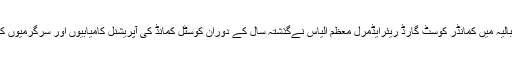
قبل ازیں اپنے خطبہ استقبالیہ میں کمانڈر کوسٹ گارڈ ریئرایڈمرل معظم الیاس نےگذشتہ سال کے دوران کوسٹل کمانڈ کی آپریشنل کامیابیوں اور سرگرمیوں کا مختصر جائزہ پیش کیا۔